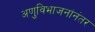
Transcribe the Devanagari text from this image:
अणुविभाजनांनंतर